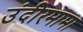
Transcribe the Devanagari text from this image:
उंदीरमामा